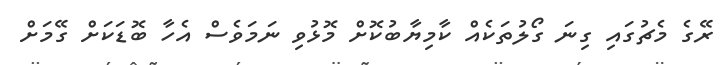
ރޭގެ މެޗުގައި ގިނަ ގޯލުތަކެއް ކާމިޔާބުކޮށް މޮޅުވި ނަމަވެސް އެހާ ބޮޑަކަށް ގޭމަށް